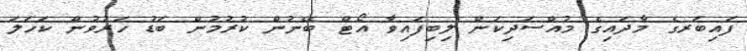
ފައިބަރގެ މާދައިގެ މުއްސަދިކަން ލިބިފައިވާ އޯޓް ބޭނުން ކުރުމުން ބަޑު ހަރުވުން ކަހަލަ